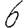
Digit: 6